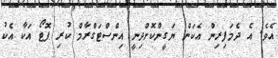
އެވެ. އެ ދެމަފިރިން އެކަން ޔަގީންކޮށްދިނީ އިންސްޓަގްރާމް ކުރި ފޮޓޯ އަކާ އެކު